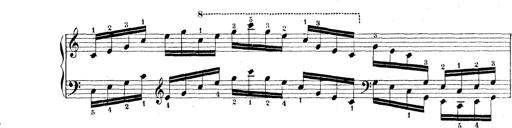
Title: Technische Studien
Composer: Franz Liszt